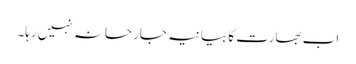
اب بھارت کا بیانیہ جارحانہ نہیں رہا۔